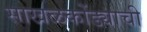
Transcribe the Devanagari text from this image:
साखळकोंड्याची